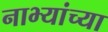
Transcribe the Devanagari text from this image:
नाभ्यांच्या